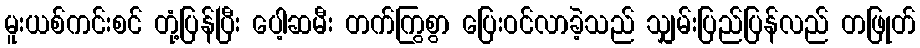
မူးယစ်ကင်းစင် တုံ့ပြန်ပြီး ပေါ့ဆမီး တက်ကြွစွာ ပြေးဝင်လာခဲ့သည် သျှမ်းပြည်ပြန်လည် တဖြုတ်